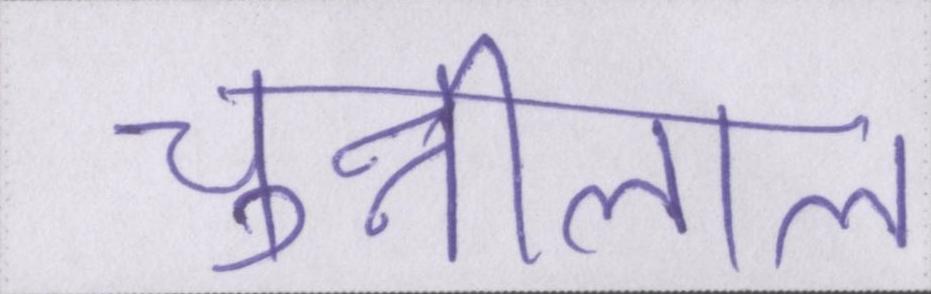
चुन्नीलाल